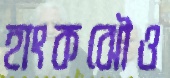
হাংকঝৌও